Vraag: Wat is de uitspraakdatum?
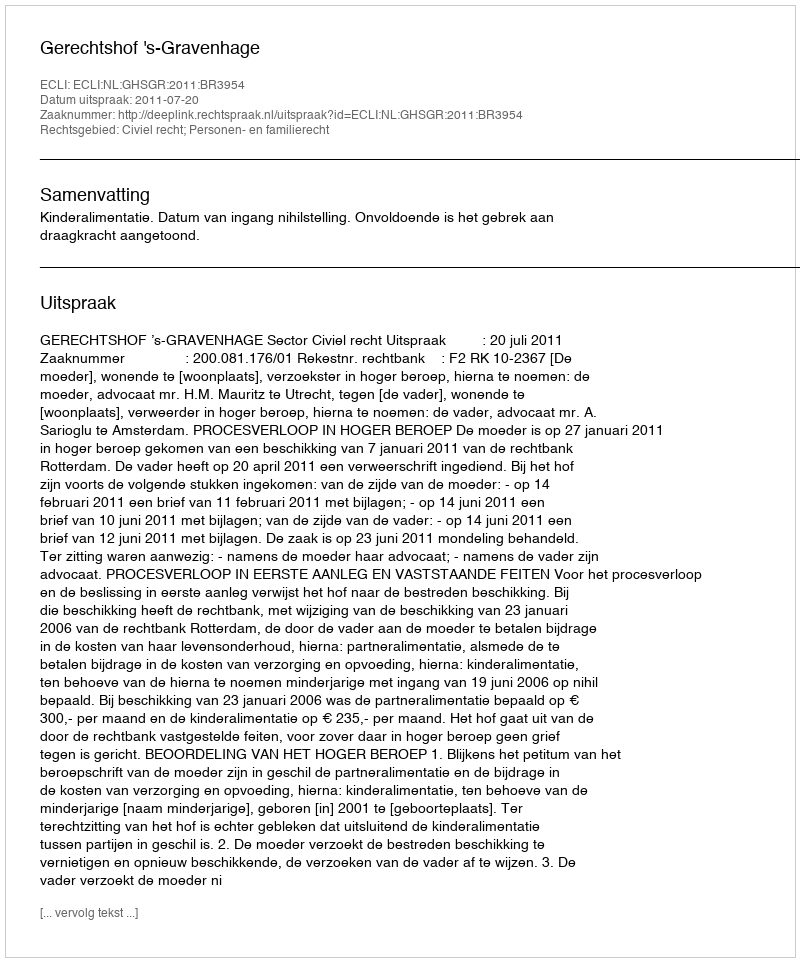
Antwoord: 2011-07-20